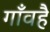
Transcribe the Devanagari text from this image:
गाँवहै